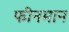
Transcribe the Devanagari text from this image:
फीनमान